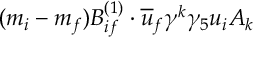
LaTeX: ( m _ { i } - m _ { f } ) B _ { i f } ^ { ( 1 ) } \cdot \overline { { { u } } } _ { f } \gamma ^ { k } \gamma _ { 5 } u _ { i } A _ { k }